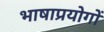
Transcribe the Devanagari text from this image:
भाषाप्रयोगों